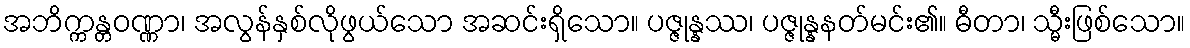
အဘိက္ကန္တဝဏ္ဏာ၊ အလွန်နှစ်လိုဖွယ်သော အဆင်းရှိသော။ ပဇ္ဇုန္နဿ၊ ပဇ္ဇုန္နနတ်မင်း၏။ ဓီတာ၊ သ္မီးဖြစ်သော။